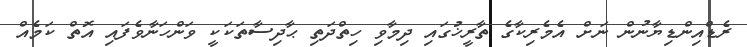
ރެޑްއިންޑިޔާނުން ނަށް އެމެރިކާގެ ތާރީޚުގައި ދިމާވި ހިތްދަތި ޙާދިސާތަކަކީ ވަންހަނާވެފައި އޮތް ކަމެއް